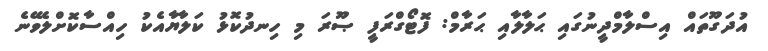
އުދަގޫތައް އިސްލާމްދީނުގައި ޙަލާލާއި ޙަރާމް: ފޮޓޯގްރަފީ ޞޫރަ މި ހިނދުކޮޅު ކަލާޔާއެކު ހިއްސާކޮށްލެވޭނެ